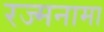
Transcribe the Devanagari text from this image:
रज्मनामा